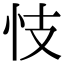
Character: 忮